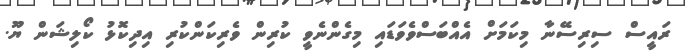
ރައީސް ސިރިސޭނާ މިކަމަށް އެއްބަސްވެވަޑައި މިގެންނެވީ ކުރިން ވެރިކަންކުރި އިދިކޮޅު ކޯލިޝަން ޔޫ.